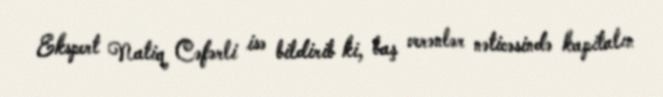
Ekspert Natiq Cəfərli isə bildirib ki, baş verənlər nəticəsində kapitalın